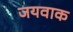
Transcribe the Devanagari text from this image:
जयवाक